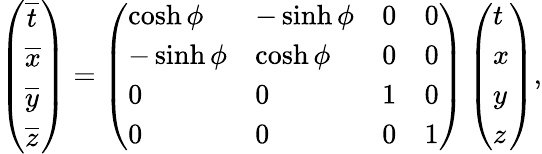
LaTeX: \left(\begin{array}{l}{\overline{{t}}}\\ {\overline{{x}}}\\ {\overline{{y}}}\\ {\overline{{z}}}\end{array}\right)=\left(\begin{array}{llll}{\cosh\phi}&{-\sinh\phi}&{0}&{0}\\ {-\sinh\phi}&{\cosh\phi}&{0}&{0}\\ {0}&{0}&{1}&{0}\\ {0}&{0}&{0}&{1}\end{array}\right)\left(\begin{array}{l}{t}\\ {x}\\ {y}\\ {z}\end{array}\right),